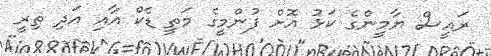
ރައީސް ޔާމީންގެ ކަޅު އޮށް ފުންމީގެ މަތީ ޑެކް އާއި އަދި ތިރީ